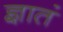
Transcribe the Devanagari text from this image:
ज्ञातं